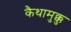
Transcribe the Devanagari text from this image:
कैथामुक्कु